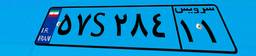
۲۳S۹۹۰۷۸